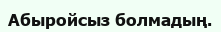
Абыройсыз болмадың.